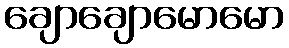
ချောချောမောမော